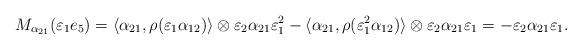
LaTeX: \begin{align*}M_{\alpha_{21}}(\varepsilon_1e_5) = \langle \alpha_{21}, \rho(\varepsilon_1\alpha_{12})\rangle\otimes \varepsilon_2\alpha_{21}\varepsilon_1^2-\langle \alpha_{21}, \rho(\varepsilon_1^2\alpha_{12})\rangle\otimes \varepsilon_2\alpha_{21}\varepsilon_1 = -\varepsilon_2\alpha_{21}\varepsilon_1.\end{align*}